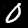
Digit: 0